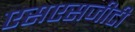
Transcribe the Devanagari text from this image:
एसएसजीटी